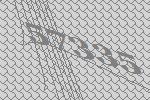
57335